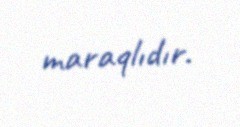
maraqlıdır.